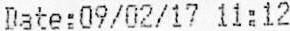
DATE:09/02/17 11:12